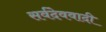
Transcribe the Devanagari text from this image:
सर्वदेववादी